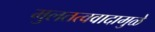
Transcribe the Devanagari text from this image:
मुलतत्ववादामुळे